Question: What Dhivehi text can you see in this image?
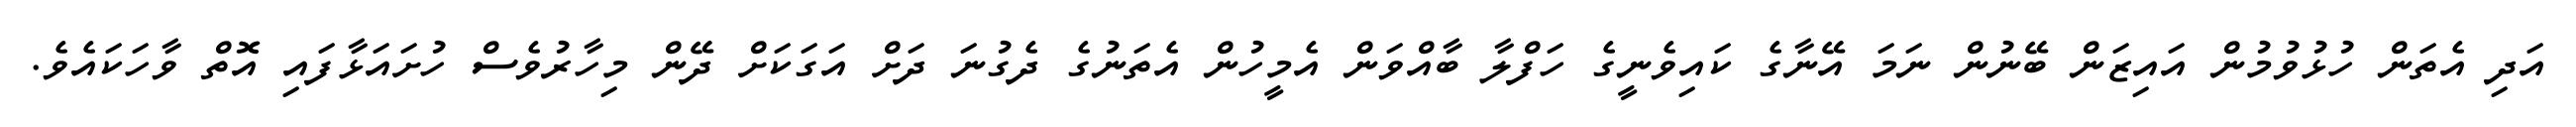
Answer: އަދި އެތަން ހުޅުވުމުން އައިޒަން ބޭނުން ނަމަ އޭނާގެ ކައިވެނީގެ ހަފްލާ ބާއްވަން އެމީހުން އެތަނުގެ ދެގުނަ ދަށް އަގަކަށް ދޭން މިހާރުވެސް ހުށައަޅާފައި އޮތް ވާހަކައެވެ.